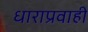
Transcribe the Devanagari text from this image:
धाराप्रवाही